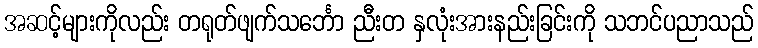
အဆင့်များကိုလည်း တရုတ်ဖျက်သင်္ဘော ညီးတ နှလုံးအားနည်းခြင်းကို သဘင်ပညာသည်